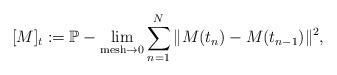
LaTeX: \begin{align*} [M]_t := \mathbb P-\lim_{{\rm mesh}\to 0}\sum_{n=1}^N \|M(t_n)-M(t_{n-1})\|^2,\end{align*}